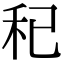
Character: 𥝗